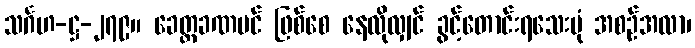
သင်္ဂဟ-ဋ္ဌ-၂၇၉။ ခေတ္တခဏပင် ဖြစ်စေ နေလိုလျှင် ခွင့်တောင်းရသေးပုံ အစဉ်အလာ၊